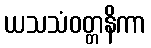
ယသသံဝတ္တနိကာ